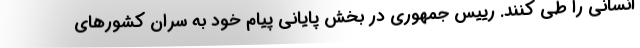
انسانی را طی کنند. رییس جمهوری در بخش پایانی پیام خود به سران کشورهای